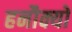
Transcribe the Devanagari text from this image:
हनौक्यो